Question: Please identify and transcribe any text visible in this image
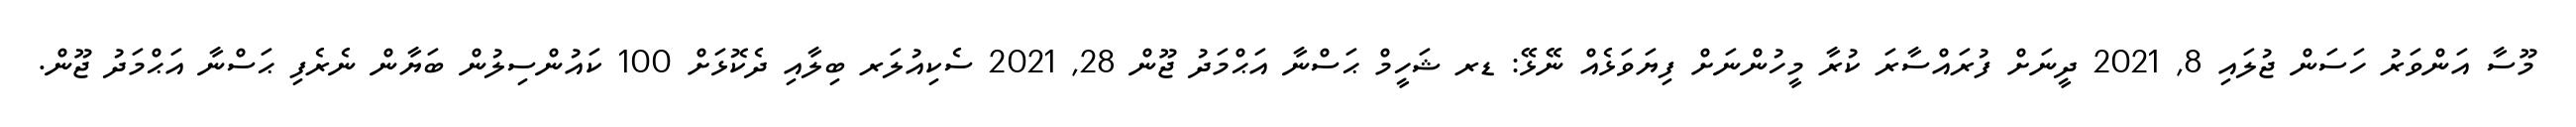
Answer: މޫސާ އަންވަރު ހަސަން ޖުލައި 8, 2021 ދީނަށް ފުރައްސާރަ ކުރާ މީހުންނަށް ފިޔަވަޅެއް ނޭޅޭ: ޑރ ޝަހީމް ޙަސްނާ އަޙްމަދު ޖޫން 28, 2021 ސެކިއުލަރ ބިލާއި ދެކޮޅަށް 100 ކައުންސިލުން ބަޔާން ނެރެފި ޙަސްނާ އަޙްމަދު ޖޫން.